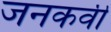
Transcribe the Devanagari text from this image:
जनकवी